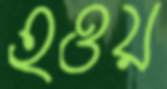
হওয়